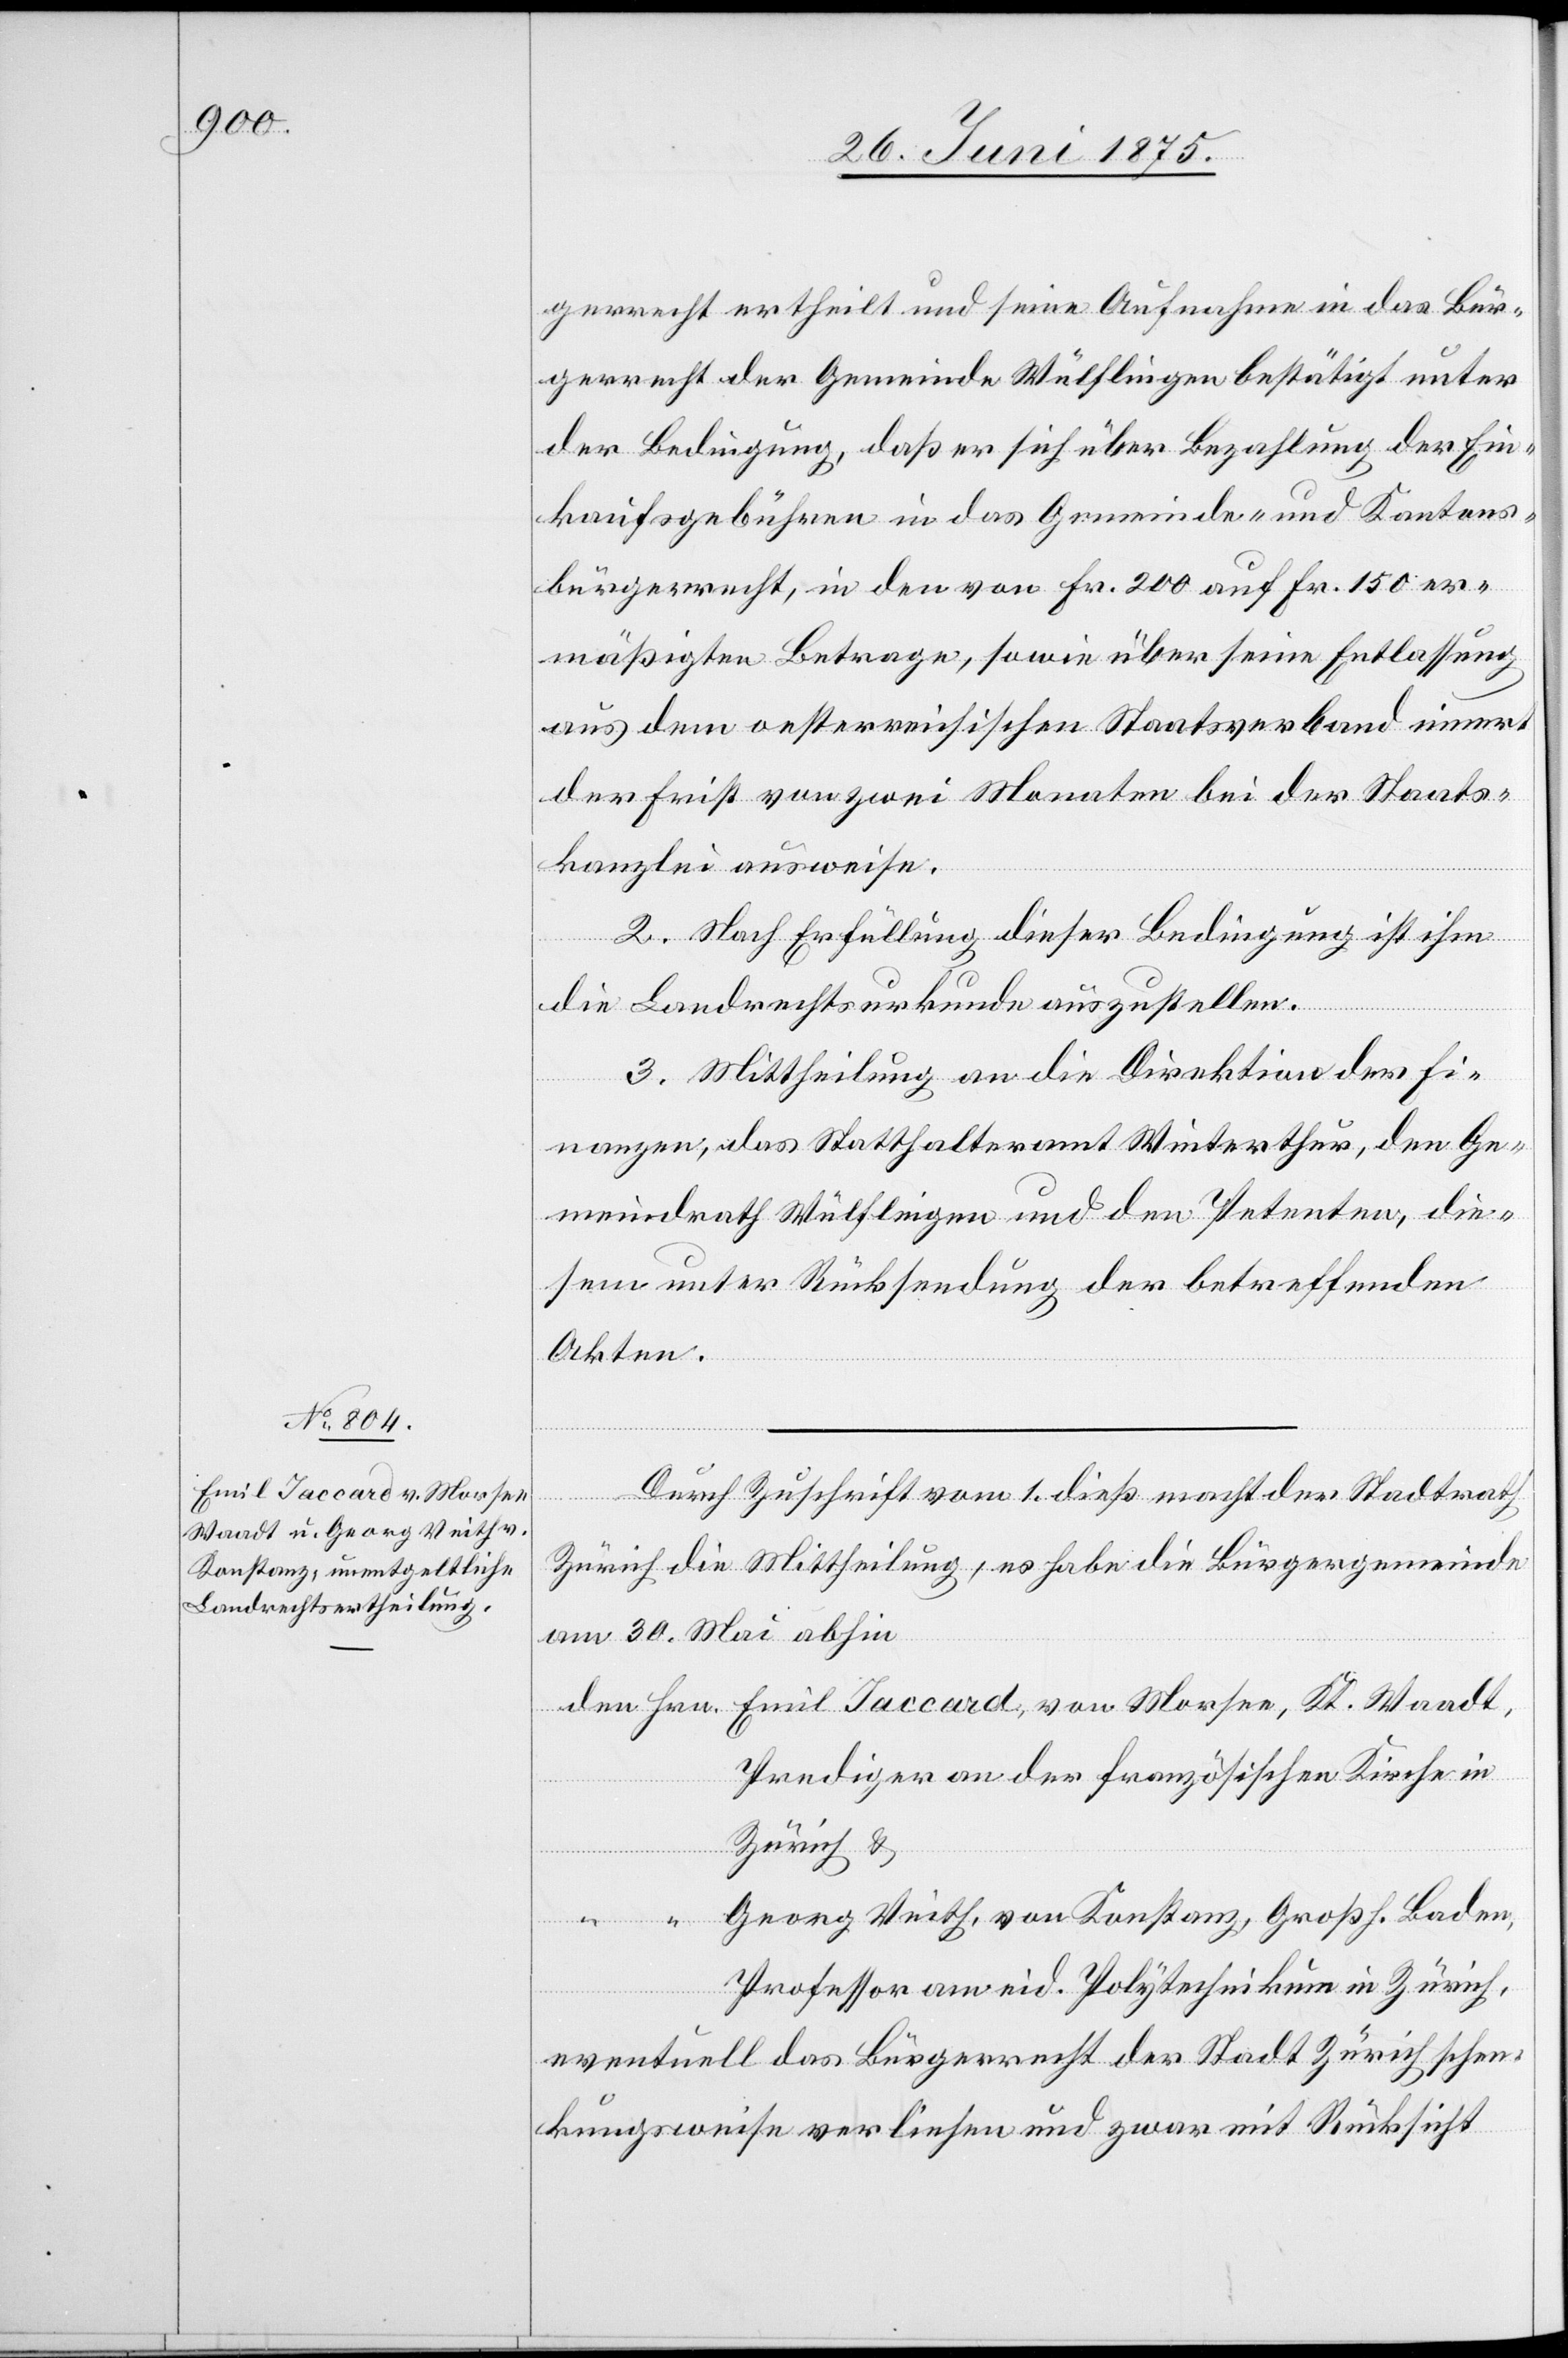
Emil Jaccard, von Morsee,

gerrecht ertheilt und seine Aufnahme in das Bür¬
gerrecht der Gemeinde Wülflingen bestätigt unter
der Bedingung, daß er sich über Bezahlung der Ein¬
kaufsgebühren in das Gemeinde- und Kantons¬
bürgerrecht, in den von Fr. 200 auf Fr. 150 er¬
mäßigten Betrage, sowie über seine Entlassung
aus dem oesterreichischen Staatsverband innert
der Frist von zwei Monaten bei der Staats¬
kanzlei ausweise.
2. Nach Erfüllung dieser Bedingung ist ihm
die Landrechtsurkunde auszustellen.
3. Mittheilung an die Direktion der Fi¬
nanzen, das Statthalteramt Winterthur, den Ge¬
meindrath Wülflingen und den Petenten, die¬
sem unter Rücksendung der betreffenden
Akten.
Durch Zuschrift vom 1. dieß macht der Stadtrath
Zürich die Mittheilung, es habe die Bürgergemeinde
am 30. Mai abhin
Prediger an der französischen Kirche in
Zürich &
Georg Veith, von Konstanz, Großh. Baden,
Hrn.
Professor am eid. Polytechnikum in Zürich,
eventuell das Bürgerrecht der Stadt Zürich schen¬
kungsweise verliehen und zwar mit Rücksicht